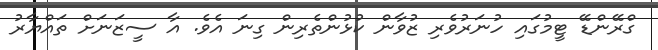
ގްރޭންޑޭ ޓީމުގައި ހުނަރުވެރި ޒުވާން ކުޅުންތެރިން ގިނަ އެވެ. އާ ސީޒަނަށް ތައްޔާރު